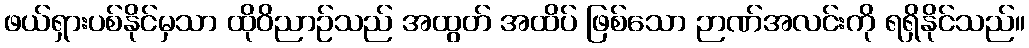
ဖယ်ရှားပစ်နိုင်မှသာ ထိုဝိညာဉ်သည် အထွတ် အထိပ် ဖြစ်သော ဉာဏ်အလင်းကို ရရှိနိုင်သည်။